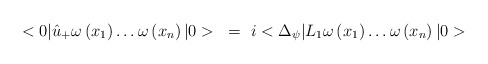
\begin{align*}<0|\hat{u}_{+}\omega\left( x_{1} \right)\ldots \omega\left( x_{n}\right)|0>~=~i<\Delta_{\psi}|L_{1}\omega\left( x_{1} \right)\ldots \omega\left(x_{n} \right)|0>\end{align*}